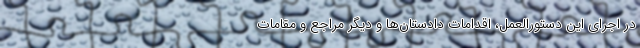
در اجرای این دستورالعمل، اقدامات دادستان‌ها و دیگر مراجع و مقامات